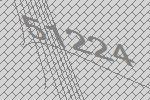
51224